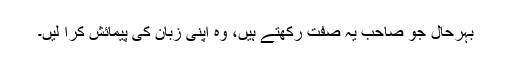
بہرحال جو صاحب یہ صفت رکھتے ہیں، وہ اپنی زبان کی پیمائش کرا لیں۔